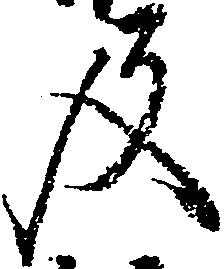
及